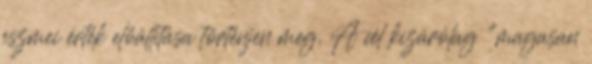
eszmei érték előállítása történjen meg. A cél kizárólag "magasan